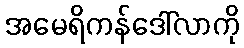
အမေရိကန်ဒေါ်လာကို